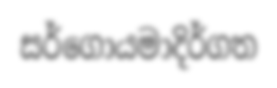
සර්ගොයමාදිර්ගත